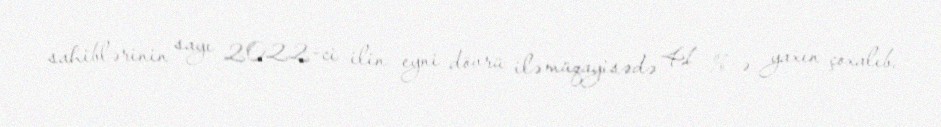
sahiblərinin sayı 2022-ci ilin eyni dövrü ilə müqayisədə 41 %-ə yaxın çoxalıb.